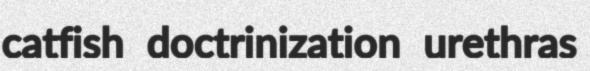
catfish doctrinization urethras